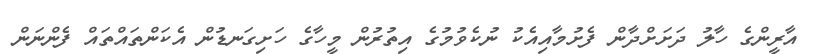
އާރީންގެ ހާލު ދަށަށްދާން ފެށުމާއިއެކު ނުކެވުމުގެ އިތުރުން މީހާގެ ހަށިގަނޑުން އެކަންތައްތައް ފެންނަން